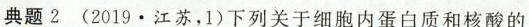
典题2(2019\cdot 江苏，1)下列关于细胞内蛋白质和核酸的